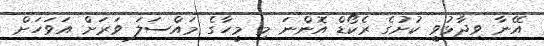
އޭނާ ވިދާޅުވީ ކުށުގެ ރެކޯޑް އޮންނަ މި މީހާގެ މައްސަލަ ވަރަށް އަވަހަށް